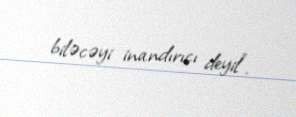
biləcəyi inandırıcı deyil".